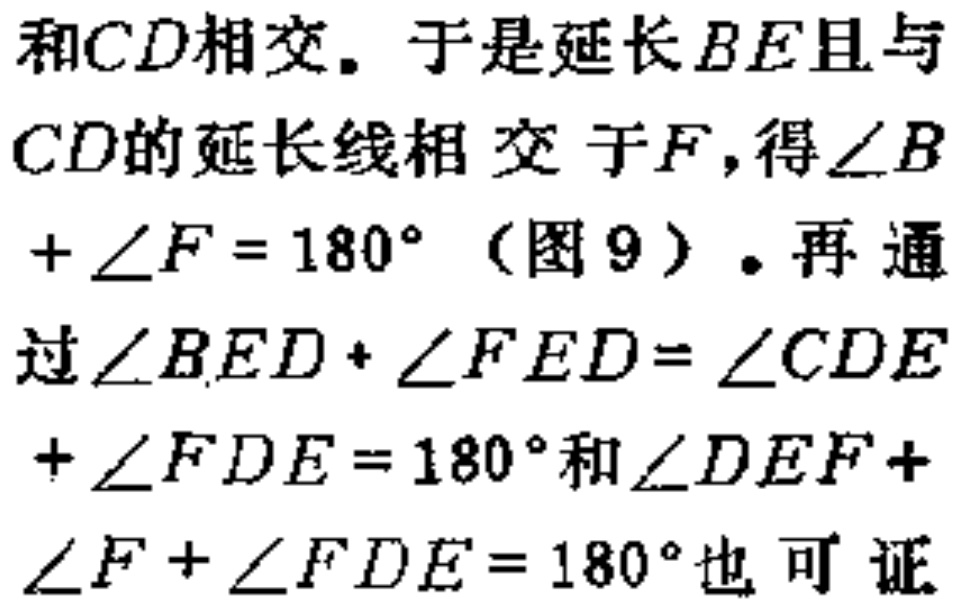
和\(CD\)相交。于是延长\(BE\)且与\(CD\)的延长线相交于\(F\)，得\(\angle B+\angle F = 180^{\circ}\)（图9）。再通过\(\angle BED+\angle FED=\angle CDE+\angle FDE = 180^{\circ}\)和\(\angle DEF+\angle F+\angle FDE = 180^{\circ}\)也可证